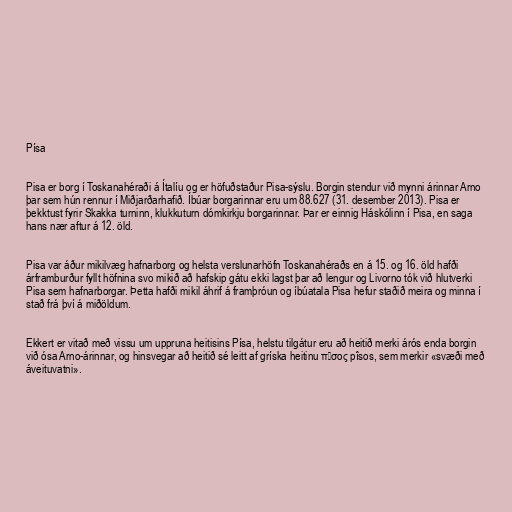
Písa

Pisa er borg í Toskanahéraði á Ítalíu og er höfuðstaður Pisa-sýslu. Borgin stendur við mynni árinnar Arno
þar sem hún rennur í Miðjarðarhafið. Íbúar borgarinnar eru um 88.627 (31. desember 2013). Pisa er
þekktust fyrir Skakka turninn, klukkuturn dómkirkju borgarinnar. Þar er einnig Háskólinn í Pisa, en saga
hans nær aftur á 12. öld.

Pisa var áður mikilvæg hafnarborg og helsta verslunarhöfn Toskanahéraðs en á 15. og 16. öld hafði
árframburður fyllt höfnina svo mikið að hafskip gátu ekki lagst þar að lengur og Livorno tók við hlutverki
Pisa sem hafnarborgar. Þetta hafði mikil áhrif á framþróun og íbúatala Pisa hefur staðið meira og minna í
stað frá því á miðöldum.

Ekkert er vitað með vissu um uppruna heitisins Písa, helstu tilgátur eru að heitið merki árós enda borgin
við ósa Arno-árinnar, og hinsvegar að heitið sé leitt af gríska heitinu πῖσος pîsos, sem merkir «svæði með
áveituvatni».